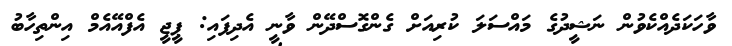
ވާހަކަދެއްކެވުން ނަޝީދުގެ މައްސަލަ ކުރިއަށް ގެންގޮސްދޭން ވާނީ އެދިފައި: ޕީޖީ އެފްއޭއެމް އިންތިހާބު